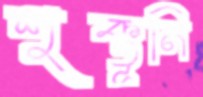
শুক্তূনি